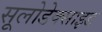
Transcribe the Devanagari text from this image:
सूलोडेक्साइड